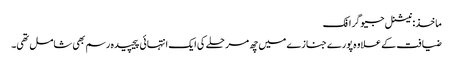
ماخذ: نیشنل جیوگرافک
ضیافت کے علاوہ پورے جنازے میں چھ مرحلے کی ایک انتہائی پیچیدہ رسم بھی شامل تھی۔